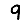
Digit: 9